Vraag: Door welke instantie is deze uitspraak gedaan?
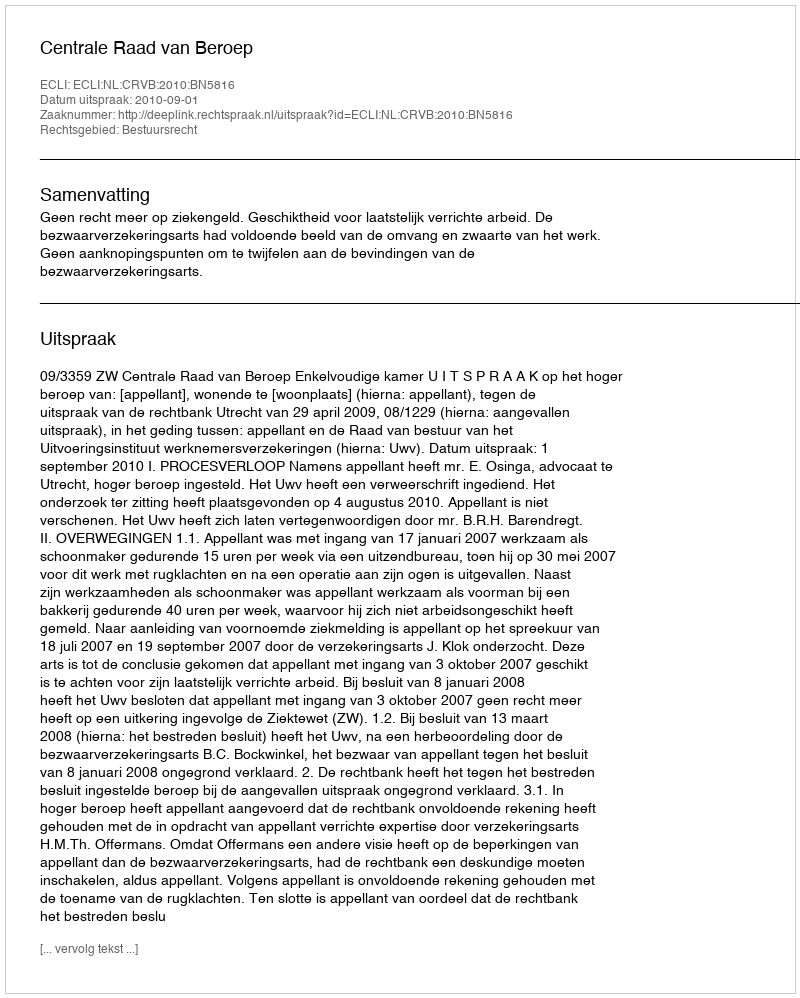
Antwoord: Centrale Raad van Beroep